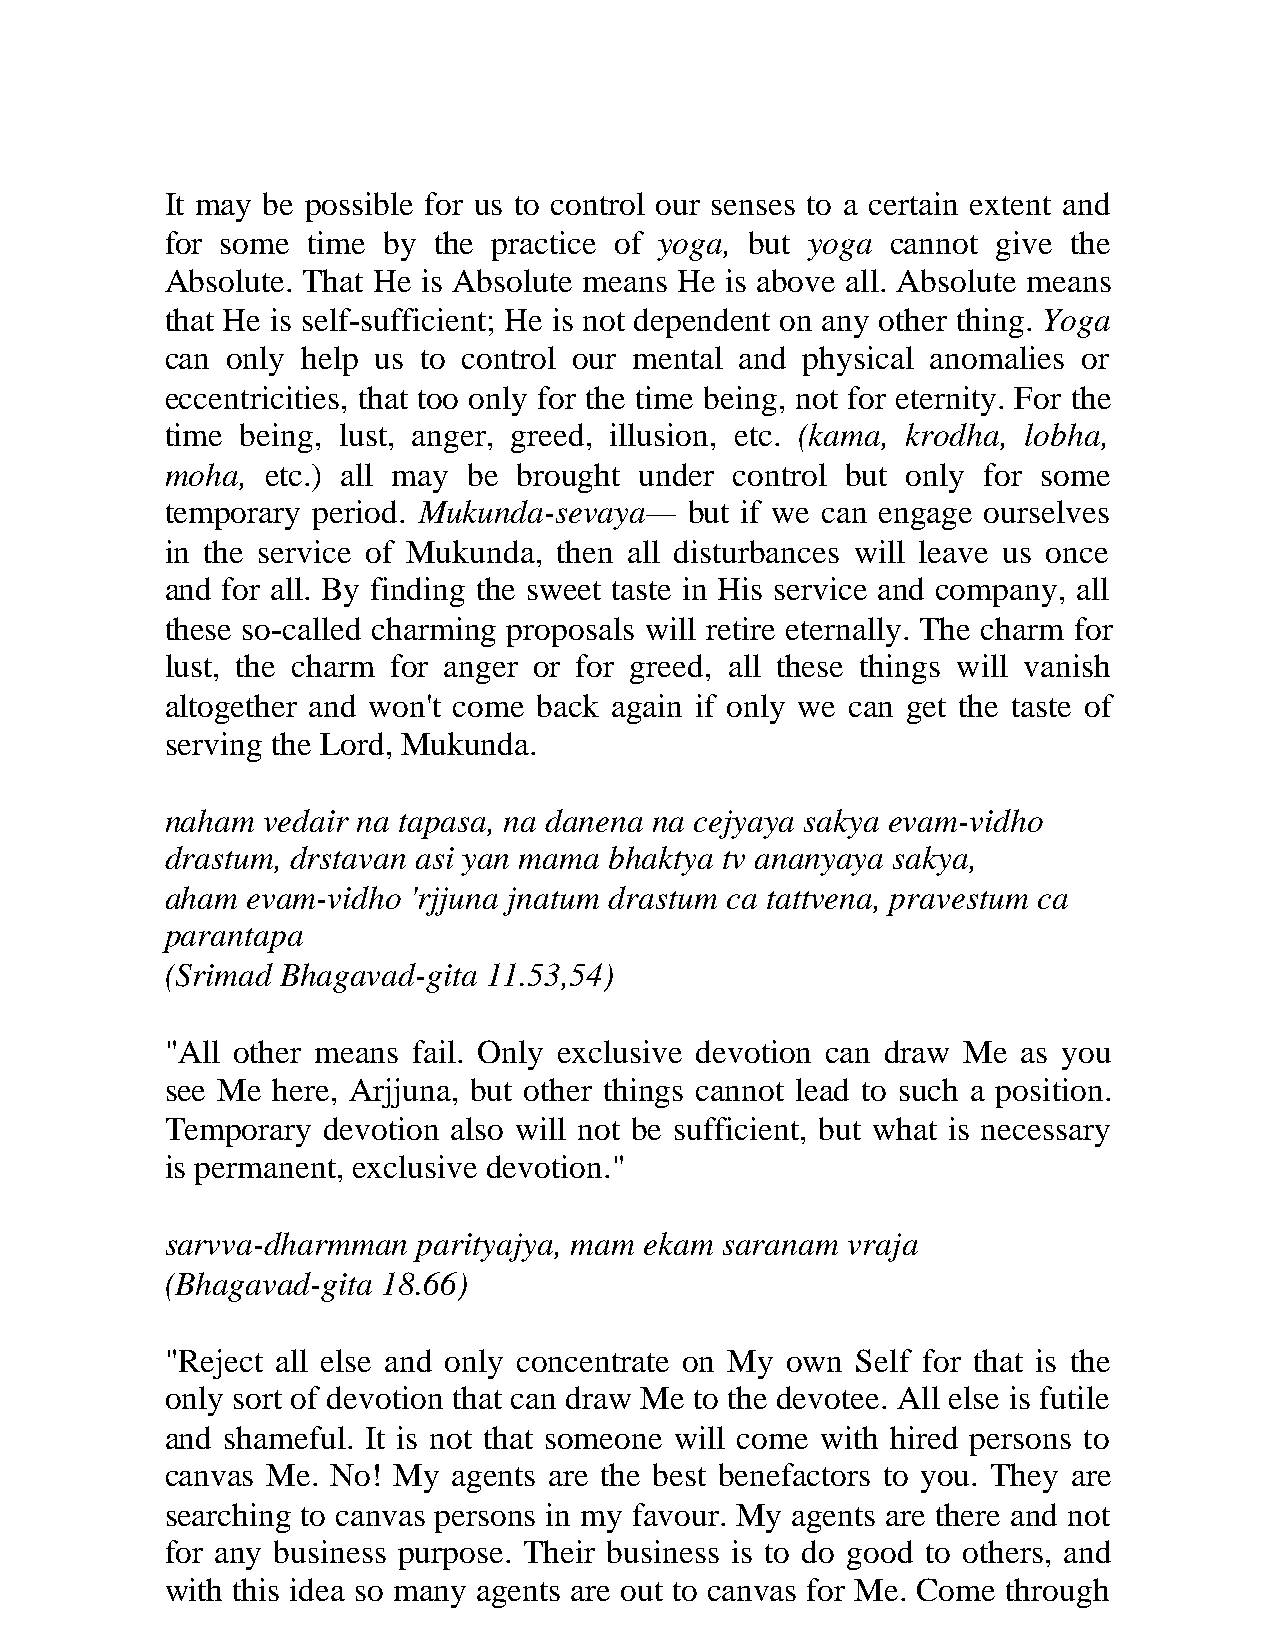
It may be possible for us to control our senses to a certain extent and
 for some time by  the practice of yoga, but yoga cannot give the
 Absolute. That He is Absolute means He is above all. Absolute means
 that He is self-sufficient; He is not dependent on any other thing. Yoga
 can only help us to control our mental and physical anomalies or
 eccentricities, that too only for the time being, not for eternity. For the
 time being, lust, anger, greed, illusion, etc. (kama, krodha, lobha,
 moha,  etc.) all may be brought under control but only for some
 temporary period. Mukunda-sevaya—  but if we can engage ourselves
 in the service of Mukunda, then all disturbances will leave us once
 and for all. By finding the sweet taste in His service and company, all
 these so-called charming proposals will retire eternally. The charm for
 lust, the charm for anger or for greed, all these things will vanish
 altogether and won't come back again if only we can get the taste of
 serving the Lord, Mukunda.
 naham vedair na tapasa, na danena na cejyaya sakya evam-vidho
 drastum, drstavan asi yan mama bhaktya tv ananyaya sakya,
 aham evam-vidho 'rjjuna jnatum drastum ca tattvena, pravestum ca
 parantapa
 (Srimad Bhagavad-gita 11.53,54)
 "All other means fail. Only exclusive devotion can draw Me as you
 see Me here, Arjjuna, but other things cannot lead to such a position.
 Temporary devotion also will not be sufficient, but what is necessary
 is permanent, exclusive devotion."
 sarvva-dharmman  parityajya, mam ekam saranam vraja
 (Bhagavad-gita 18.66)
 "Reject all else and only concentrate on My own Self for that is the
 only sort of devotion that can draw Me to the devotee. All else is futile
 and shameful. It is not that someone will come with hired persons to
 canvas Me. No! My  agents are the best benefactors to you. They are
 searching to canvas persons in my favour. My agents are there and not
 for any business purpose. Their business is to do good to others, and
 with this idea so many agents are out to canvas for Me. Come through